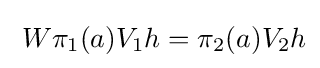
\;W\pi _{1}(a)V_{1}h=\pi _{2}(a)V_{2}h